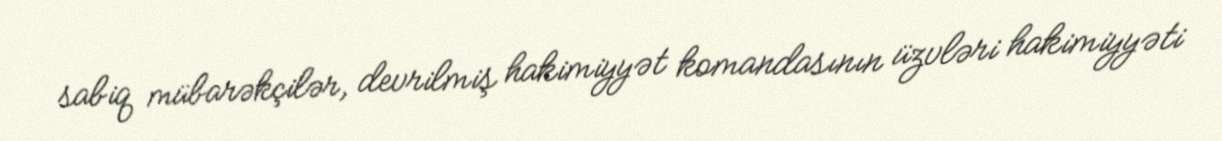
sabiq mübarəkçilər, devrilmiş hakimiyyət komandasının üzvləri hakimiyyəti